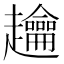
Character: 䟑